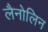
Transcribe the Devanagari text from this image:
लैनोलिन